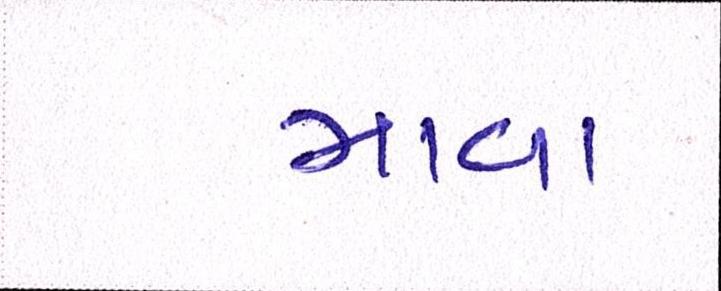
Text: માવા